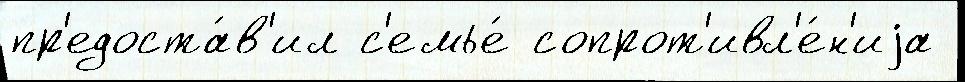
пр'едоста́в'ил с'емье́ сопрот'ивл'е́н'иjа